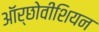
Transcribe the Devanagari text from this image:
ऑर्छोवीशियन